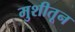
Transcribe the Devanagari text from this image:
मुशीतून